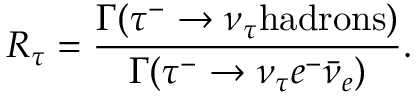
R _ { \tau } = \frac { \Gamma ( \tau ^ { - } \to \nu _ { \tau } \mathrm { h a d r o n s } ) } { \Gamma ( \tau ^ { - } \to \nu _ { \tau } e ^ { - } \bar { \nu } _ { e } ) } .